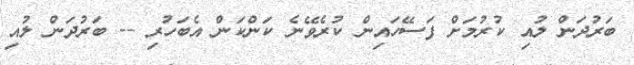
ބަރުދަން ލުއި ކުރުމަށް ފަސޭހައިން ކުރެވޭނެ ކަންކަން އެބަހުރި -- ބަރުދަން ލުއި